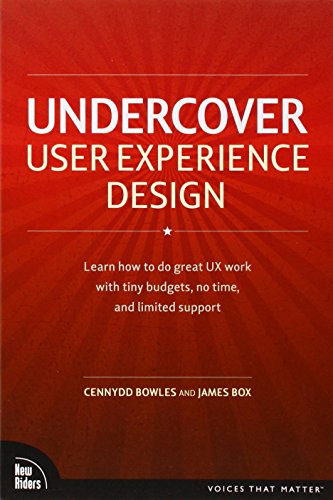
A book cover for Undercover User Experience Design (Voices That Matter); Cennydd Bowles; Computers & Technology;